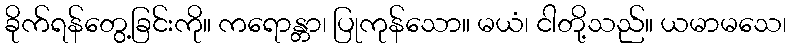
ခိုက်ရန်တွေ့ခြင်းကို။ ကရောန္တာ၊ ပြုကုန်သော။ မယံ၊ ငါတို့သည်။ ယမာမသေ၊